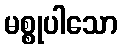
မစ္စုပါသော